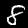
Label: 8